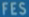
FFES